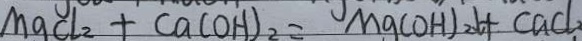
M g C l _ { 2 } + C a ( O H ) _ { 2 } = M g ( O H ) _ { 2 } \downarrow + C a C l _ { 2 }